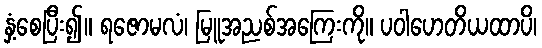
နှံ့စေပြီး၍။ ရဇောမလံ၊ မြူအညစ်အကြေးကို။ ပဝါဟေတိယထာပိ၊